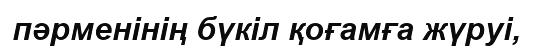
пәрменінің бүкіл қоғамға жүруі,